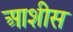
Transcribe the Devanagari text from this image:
आशीस